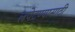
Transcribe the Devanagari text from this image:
लपेटण्यासाठी